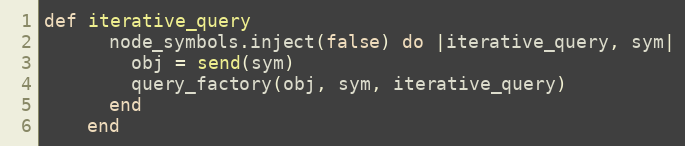
Language: Ruby
def iterative_query
      node_symbols.inject(false) do |iterative_query, sym|
        obj = send(sym)
        query_factory(obj, sym, iterative_query)
      end
    end